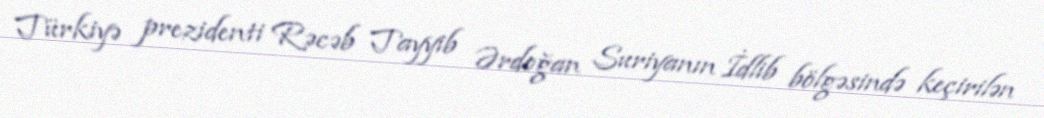
Türkiyə prezidenti Rəcəb Tayyib Ərdoğan Suriyanın İdlib bölgəsində keçirilən